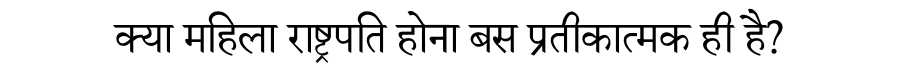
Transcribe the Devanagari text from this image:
क्या महिला राष्ट्रपति होना बस प्रतीकात्मक ही है?